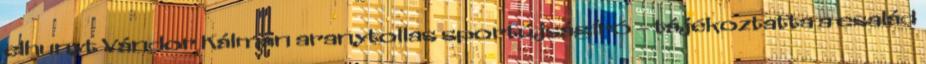
elhunyt Vándor Kálmán aranytollas sportújságíró – tájékoztatta a család